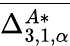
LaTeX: \overline{{\Delta_{3,1,\alpha}^{A*}}}